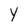
Character: Y